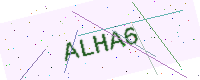
Text: ALHA6